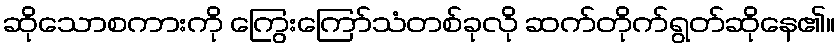
ဆိုသောစကားကို ကြွေးကြော်သံတစ်ခုလို ဆက်တိုက်ရွတ်ဆိုနေ၏။